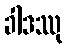
ခါဒဿု